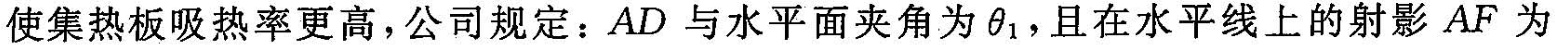
使集热板吸热率更高，公司规定：AD与水平面夹角为θ_{1}，且在水平线上的射影AF为